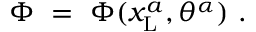
\Phi \ = \ \Phi ( x _ { \mathrm { L } } ^ { a } , \theta ^ { \alpha } ) \ .